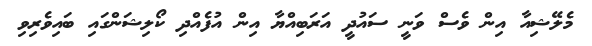
މެލޭޝިއާ އިން ވެސް ވަނީ ސައުދީ އަރަބިއްޔާ އިން އުފެއްދި ކޯލިޝަންގައި ބައިވެރިވި